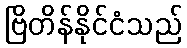
ဗြိတိန်နိုင်ငံသည်